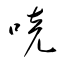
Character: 喨